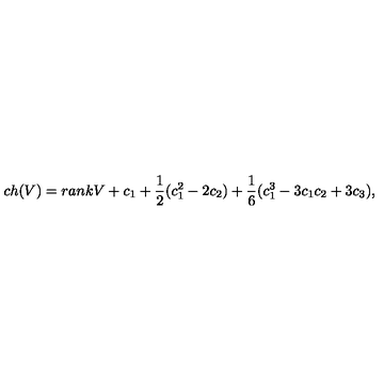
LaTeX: c h ( V ) = r a n k V + c _ { 1 } + \frac { 1 } { 2 } ( c _ { 1 } ^ { 2 } - 2 c _ { 2 } ) + \frac { 1 } { 6 } ( c _ { 1 } ^ { 3 } - 3 c _ { 1 } c _ { 2 } + 3 c _ { 3 } ) ,